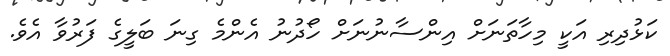
ކަޅުދިރި އަކީ މިހާތަނަށް އިންސާނުނަށް ހޯދުނު އެންމެ ގިނަ ބަލީގެ ފަރުވާ އެވެ.